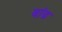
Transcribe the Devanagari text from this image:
बांढ